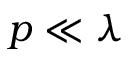
p \ll \lambda